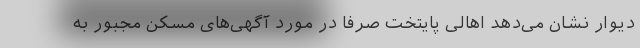
دیوار نشان می‌دهد اهالی پایتخت صرفا در مورد آگهی‌های مسکن مجبور به